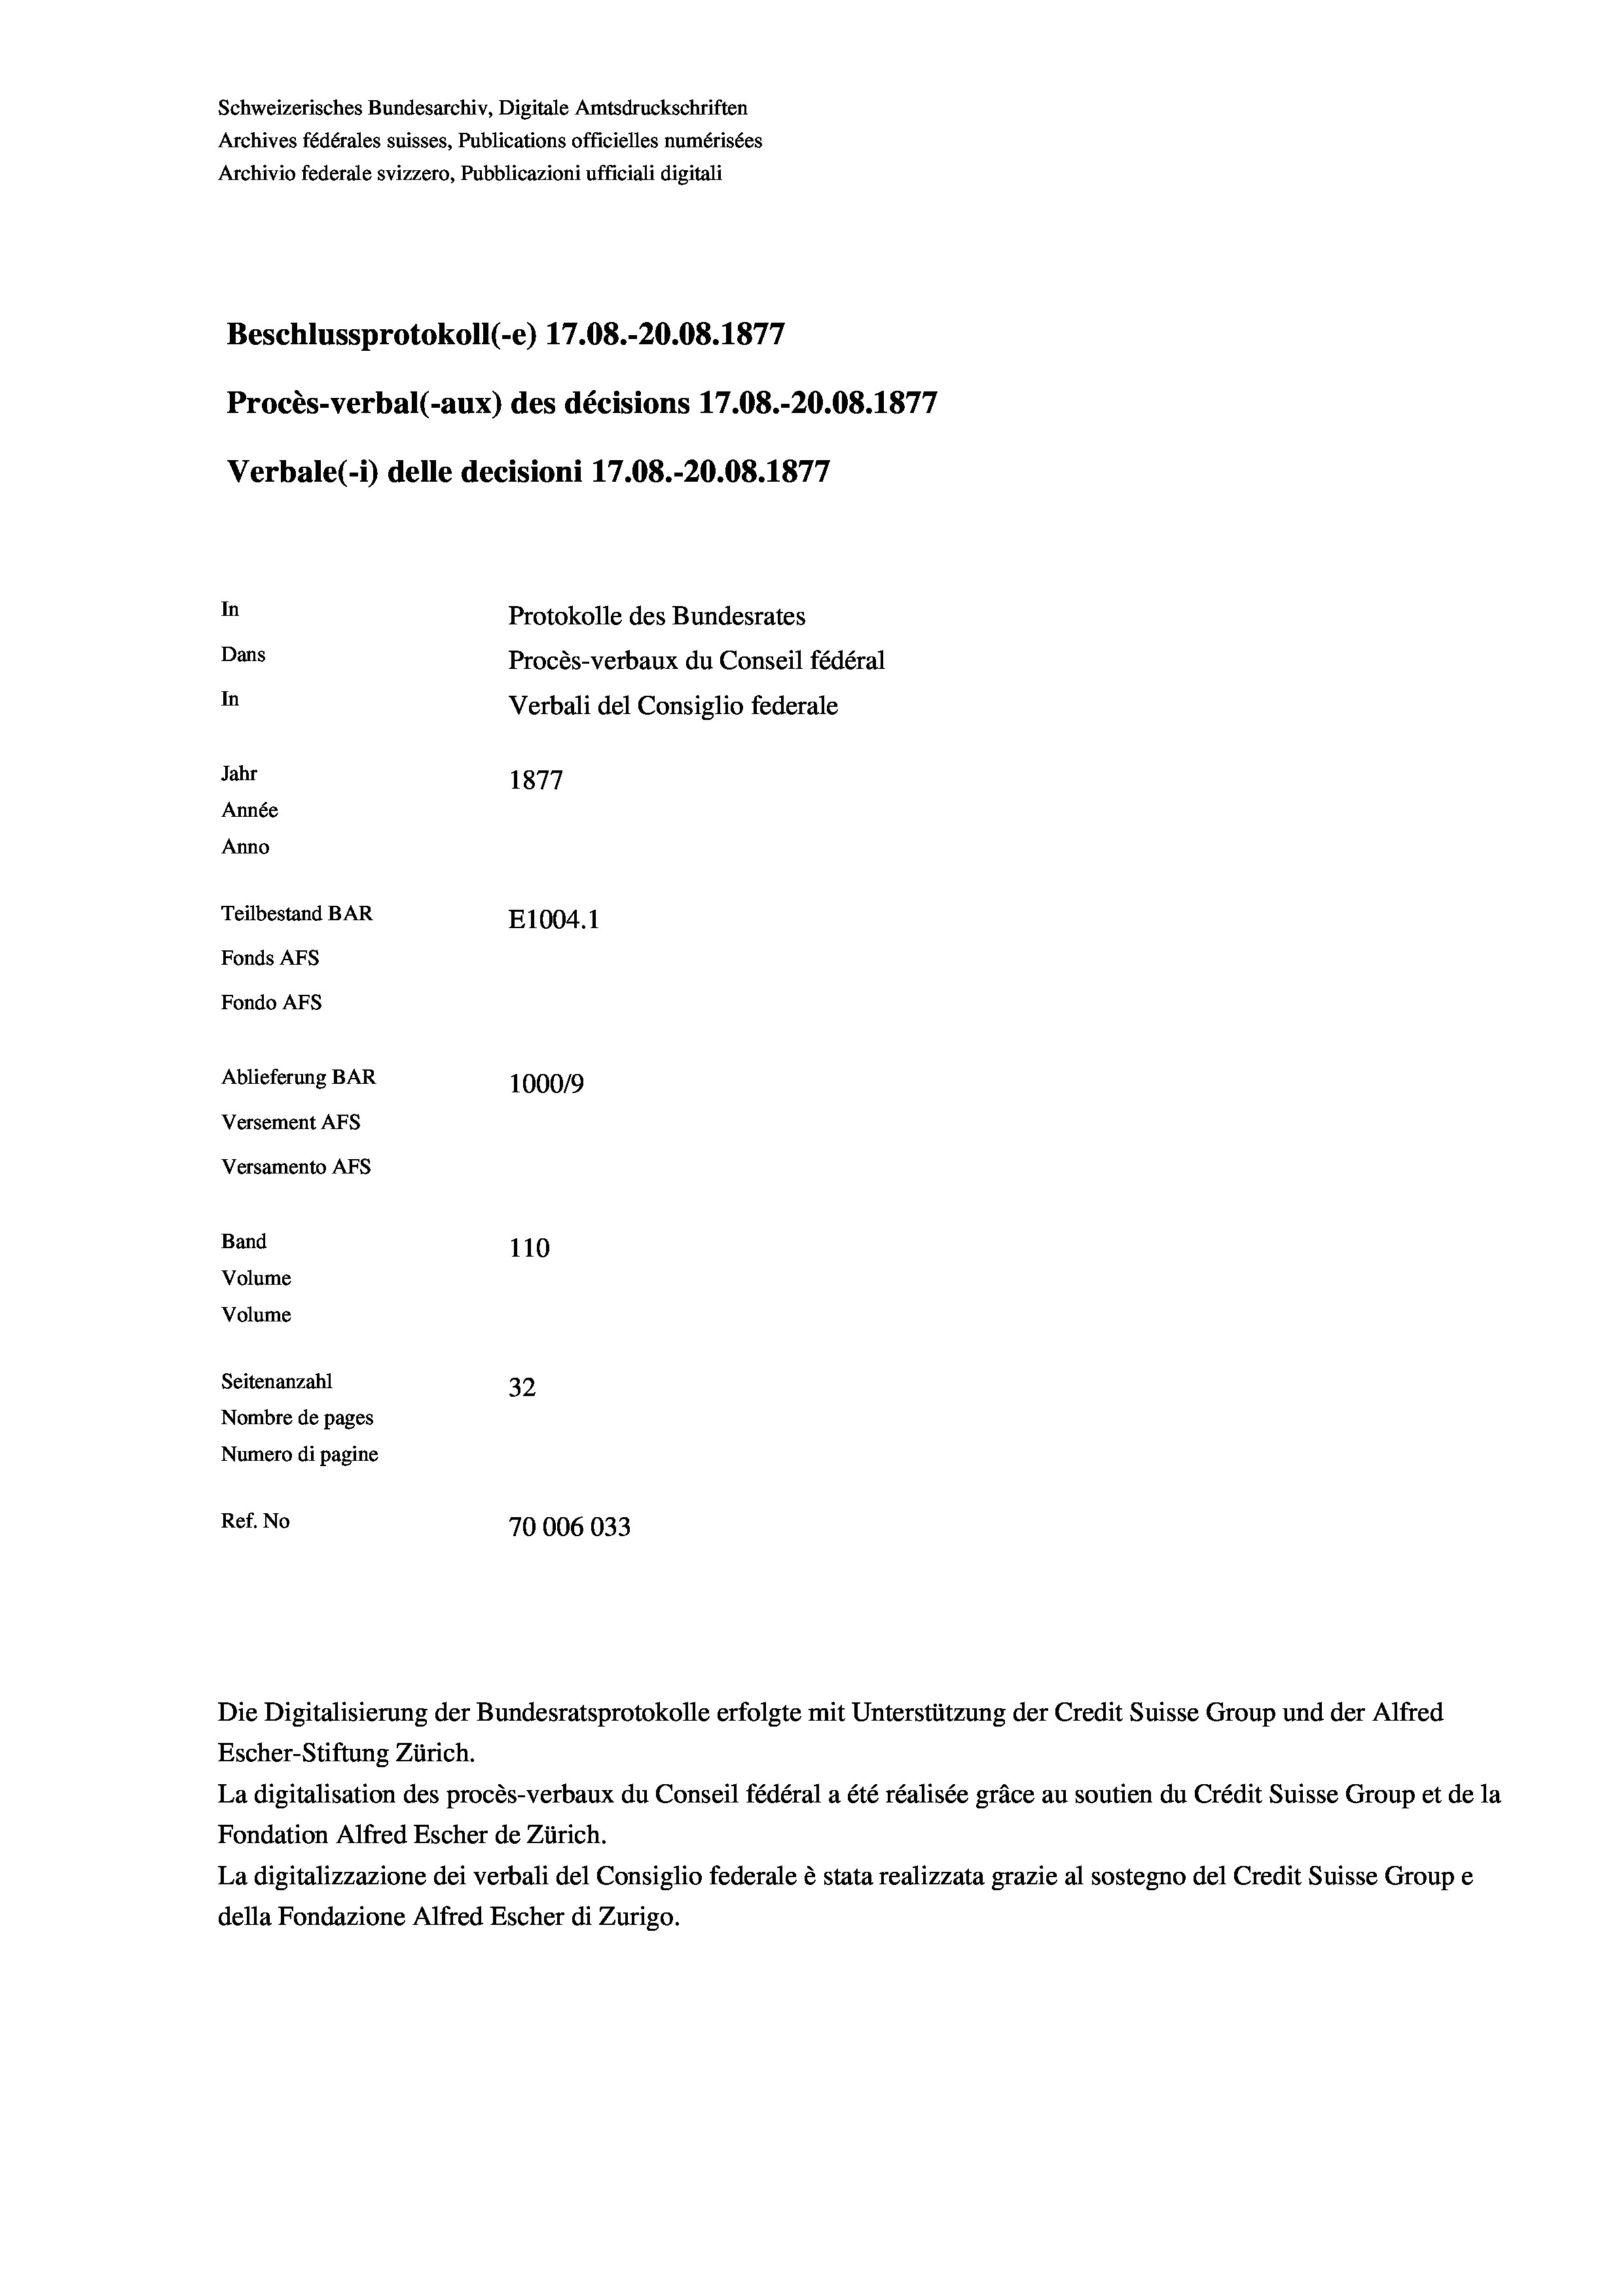
Schweizerisches Bundesarchiv, Digitale Amtsdruckschriften
Archives fédérales suisses, Publications officielles numérisées
Archivio federale svizzero, Pubblicazioni ufficiali digitali
Beschlussprotokoll (-e) 17.08.-20.08. 1877
1
Procès-verbal (-aux) des décisions 17.08.-20.08. 1877
Verbale (- 1) delle decisioni 17.08.-20.08. 1877
In
Protokolle des Bundesrates
Dans
Procès-verbaux du Conseil fédéral
In
Verbali del Consiglio federale
Jahr
1877
Année
Anno
Teilbestand BAR
E1004.1
Fonds AFs
Fondo AFs
Ablieferung BAR
100019
Versement AFs
Versamento AFs
Band
110
Volume
Volume
Seitenanzahl
32

Nombre de pages
Numero di pagine
Ref. No
70006033
Die Digitalisierung der Bundesratsprotokolle erfolgte mit Unterstützung der Credit Suisse Group und der Alfred
Escher-Stiftung Zürich.

La digitalisation des procès-verbaux du Conseil fédéral a été réalisée gräce au soutien du Crédit Suisse Group et de la
Fondation Alfred Escher de Zürich.
La digitalizzazione dei verbali del Consiglio federale è stata realizzata grazie al sostegno del Credit Suisse Groupe
della Fondazione Alfred Escher di Zurigo.